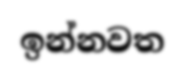
ඉන්නවත